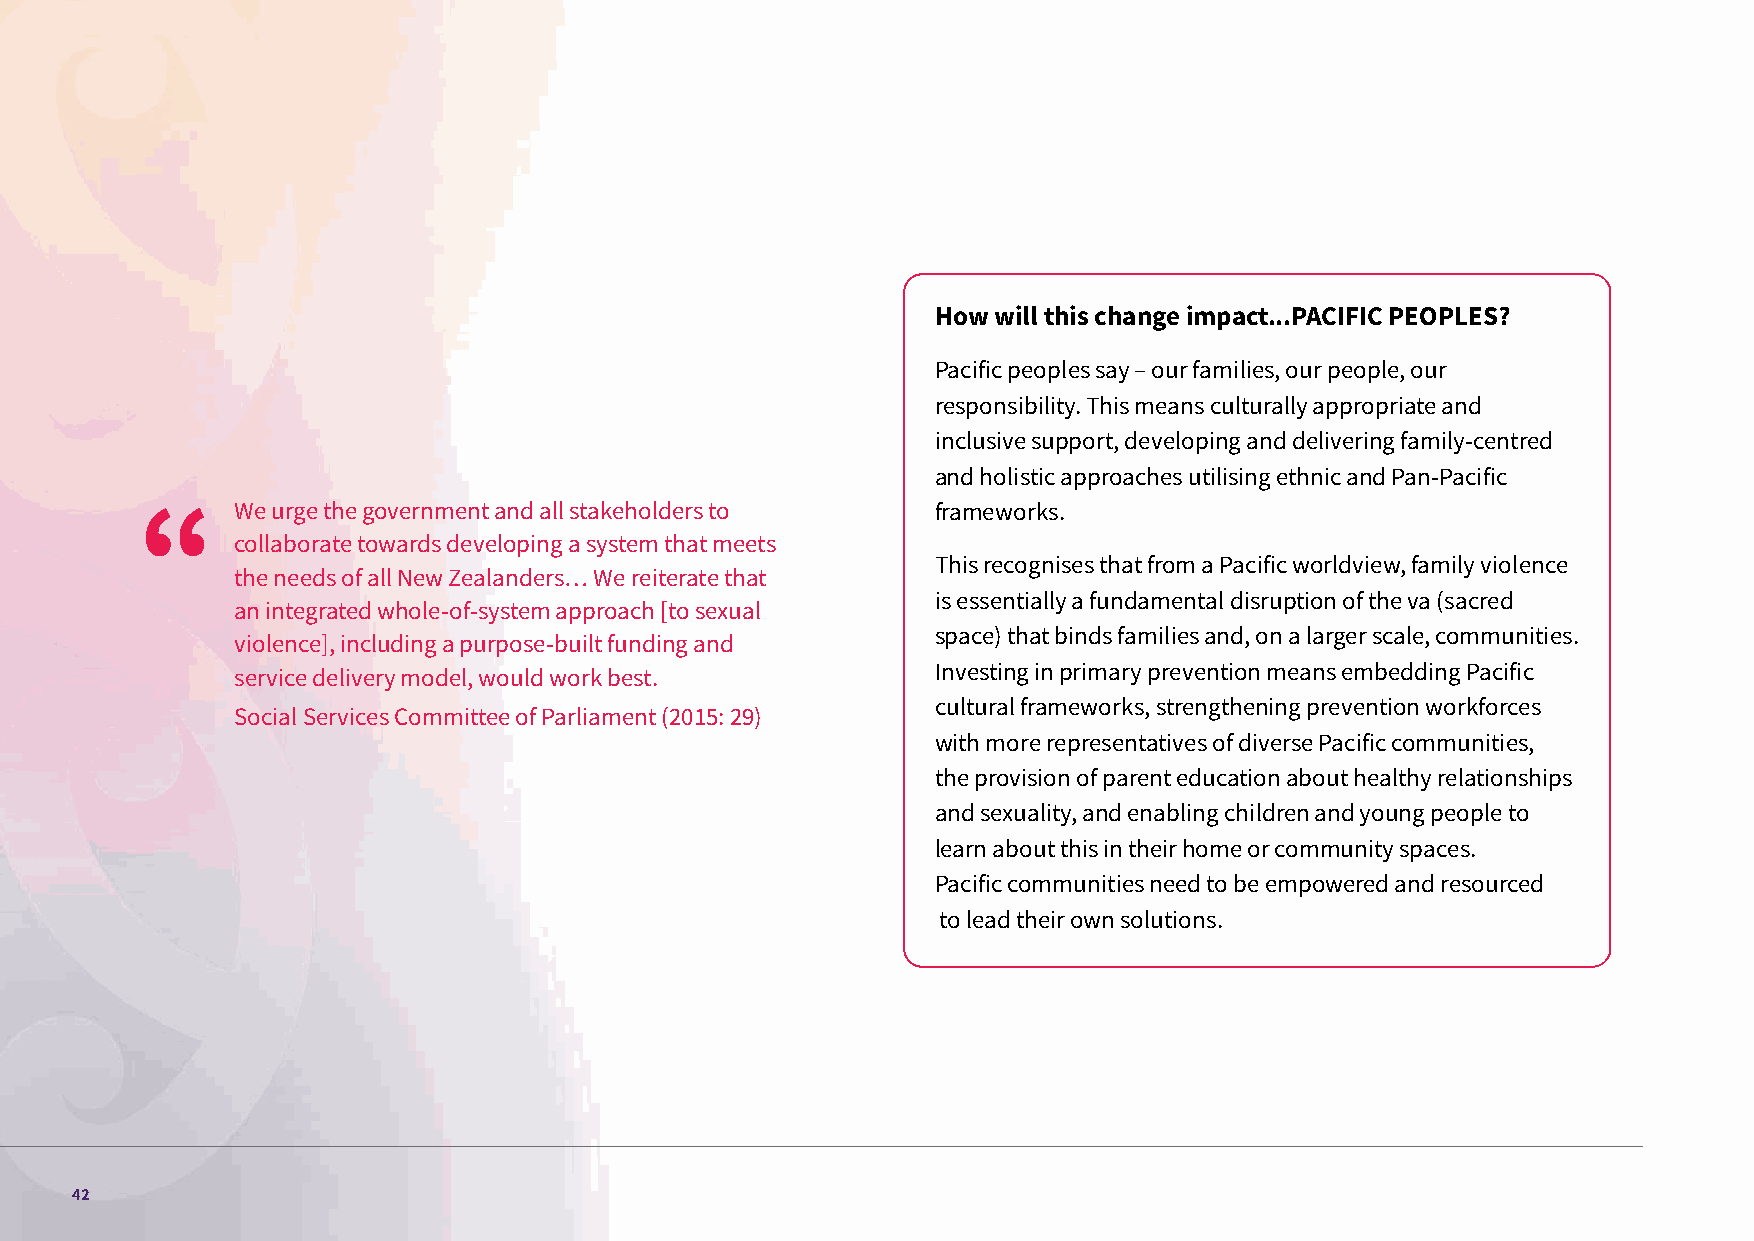
How will this change impact...PACIFIC PEOPLES?
 Pacific peoples say – our families, our people, our
 responsibility. This means culturally appropriate and
 inclusive support, developing and delivering family-centred
 and holistic approaches utilising ethnic and Pan-Pacific
 We urge the government and all stakeholders to frameworks.
 collaborate towards developing a system that meets
 This recognises that from a Pacific worldview, family violence
 the needs of all New Zealanders… We reiterate that
 is essentially a fundamental disruption of the va (sacred
 an integrated whole-of-system approach [to sexual
 space) that binds families and, on a larger scale, communities.
 violence], including a purpose-built funding and
 service delivery model, would work best.      Investing in primary prevention means embedding Pacific
 cultural frameworks, strengthening prevention workforces
 Social Services Committee of Parliament (2015: 29)
 with more representatives of diverse Pacific communities,
 the provision of parent education about healthy relationships
 and sexuality, and enabling children and young people to
 learn about this in their home or community spaces.
 Pacific communities need to be empowered and resourced
 to lead their own solutions.
 42